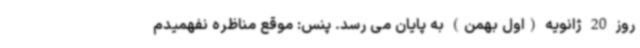
روز 20 ژانویه (اول بهمن) به پایان می رسد. پنس: موقع مناظره نفهمیدم